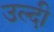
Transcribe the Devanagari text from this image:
उल्दी